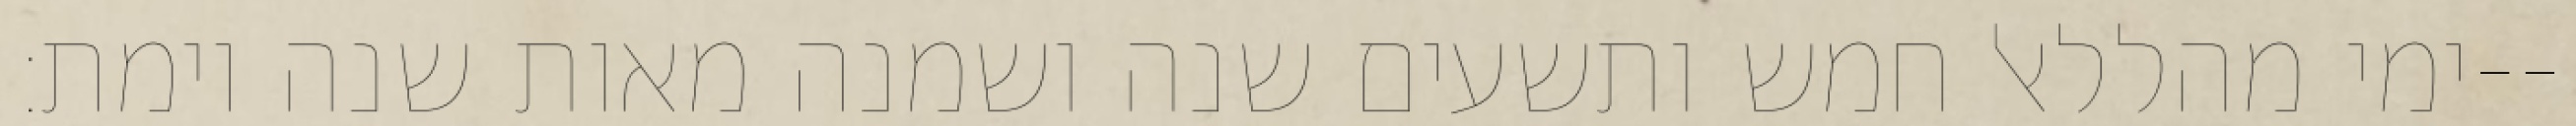
ימי מהללאל חמש ותשעים שנה ושמנה מאות שנה וימת׃--